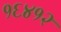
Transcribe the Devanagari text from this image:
१६४१२